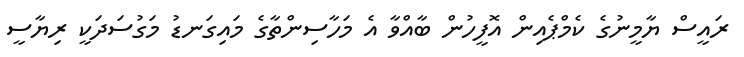
ރައީސް ޔާމީނުގެ ކެމްޕެއިން އޮފީހުން ބާއްވާ އެ މަހާސިންތާގެ މައިގަނޑު މަގުސަދަކީ ރިޔާސީ